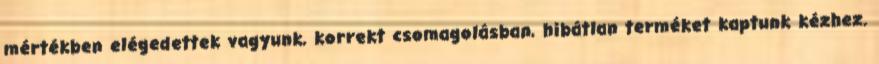
mértékben elégedettek vagyunk, korrekt csomagolásban, hibátlan terméket kaptunk kézhez.